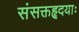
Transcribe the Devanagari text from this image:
संसक्तहृदयाः